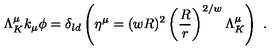
\Lambda _ { K } ^ { \mu } k _ { \mu } \phi = \delta _ { l d } \left( \eta ^ { \mu } = ( w R ) ^ { 2 } \left( { \frac { R } { r } } \right) ^ { 2 / w } \Lambda _ { K } ^ { \mu } \right) \ .